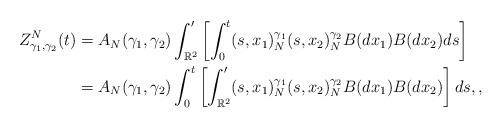
LaTeX: \begin{align*}Z_{\gamma_1,\gamma_2}^N(t)&=A_N(\gamma_1,\gamma_2) \int_{\mathbb{R}^2}' \left[ \int_0^t (s,x_1)_N^{\gamma_1} (s,x_2)_N^{\gamma_2} B(dx_1)B(dx_2)ds\right]\\&=A_N(\gamma_1,\gamma_2) \int_0^t\left[ \int_{\mathbb{R}^2}' (s,x_1)_N^{\gamma_1} (s,x_2)_N^{\gamma_2} B(dx_1)B(dx_2)\right] ds,,\end{align*}